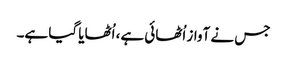
جس نے آواز اُٹھائی ہے، اُٹھایا گیا ہے۔